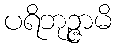
ပရိဘုဉ္ဇာမိ